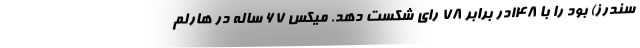
سندرز) بود را با 148در برابر 78 رای شکست دهد. میکس 67 ساله در هارلم